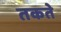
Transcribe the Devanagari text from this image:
तकते